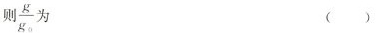
\frac{g}{g_{0}} 为 ( )